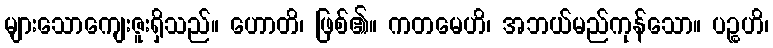
များသောကျေးဇူးရှိသည်။ ဟောတိ၊ ဖြစ်၏။ ကတမေဟိ၊ အဘယ်မည်ကုန်သော။ ပဉ္စဟိ၊